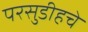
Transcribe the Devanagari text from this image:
परसुडीहचे